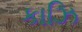
કાઝિ